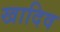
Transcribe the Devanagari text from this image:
खादिव